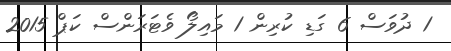
1 ދުވަސް 6 ގަޑި ކުރިން 1 މައިލޯ ވެޓަރަންސް ކަޕް 2015